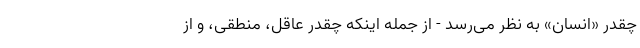
چقدر «انسان» به نظر می‌رسد - از جمله اینکه چقدر عاقل، منطقی، و از